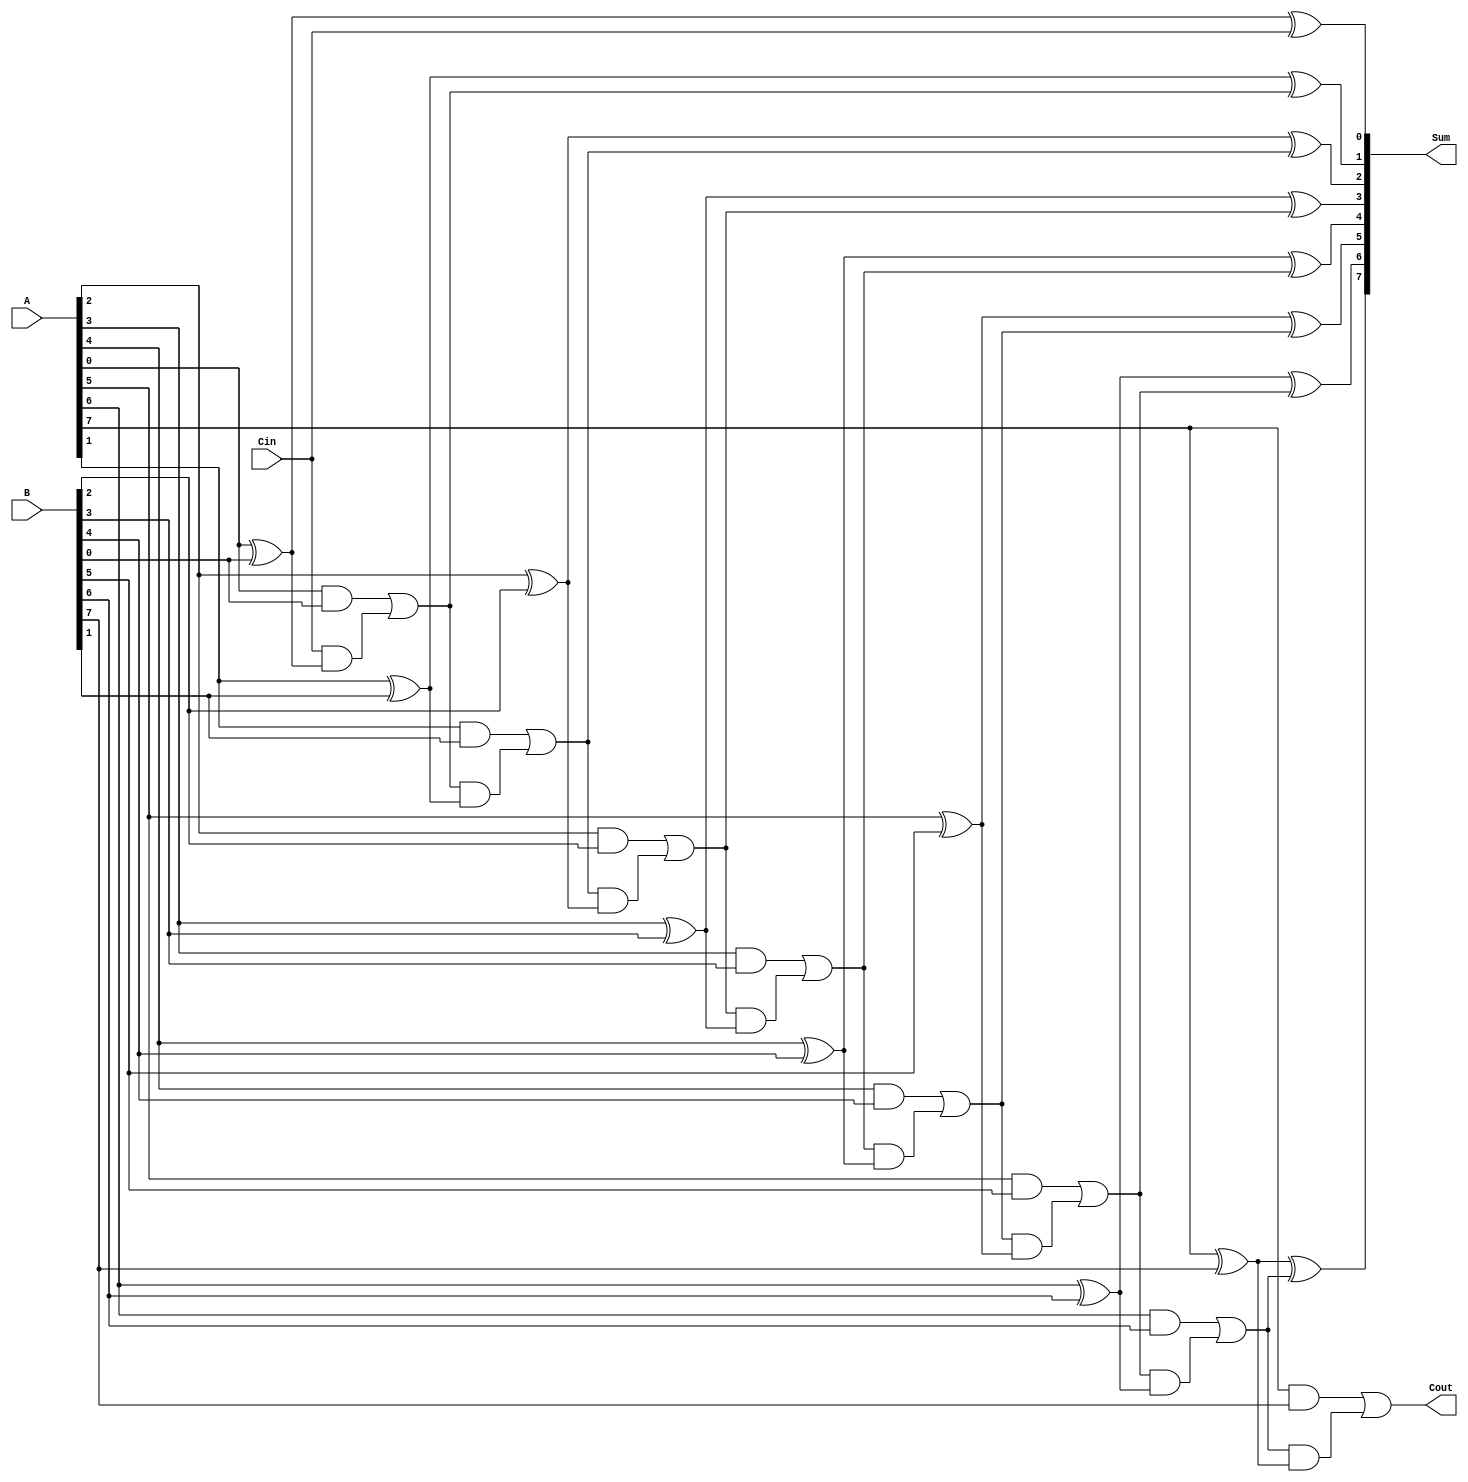
module ManchesterCarryChainAdder #(
    parameter WIDTH = 8  // Define the bit width of the adder
)(
    input [WIDTH-1:0] A,     // First operand
    input [WIDTH-1:0] B,     // Second operand
    input Cin,               // Carry input
    output [WIDTH-1:0] Sum,  // Sum output
    output Cout              // Carry output
);

    wire [WIDTH:0] carry;    // Internal carry signals

    // Initial carry-in
    assign carry[0] = Cin;

    // Generate the sum and carry for each bit position
    genvar i;
    generate
        for (i = 0; i < WIDTH; i = i + 1) begin: full_adder
            // Full adder logic
            wire A_i = A[i];
            wire B_i = B[i];
            wire C_in = carry[i];

            // Sum = A XOR B XOR C_in
            assign Sum[i] = A_i ^ B_i ^ C_in;

            // Carry-out = (A AND B) OR (C_in AND (A XOR B))
            assign carry[i + 1] = (A_i & B_i) | (C_in & (A_i ^ B_i));
        end
    endgenerate

    // Final carry-out
    assign Cout = carry[WIDTH];

endmodule